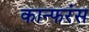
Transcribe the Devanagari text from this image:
कान्फरंस